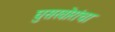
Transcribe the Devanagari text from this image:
घुसखोरांचा